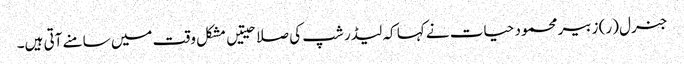
جنرل (ر) زبیر محمود حیات نے کہا کہ لیڈر شپ کی صلاحیتیں مشکل وقت میں سامنے آتی ہیں۔